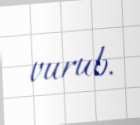
vurub.